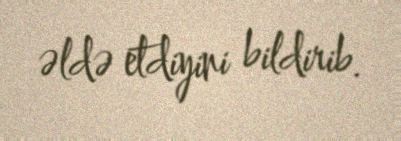
əldə etdiyini bildirib.